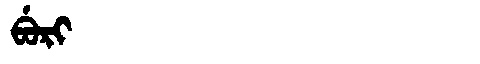
Manchu: ᠪᡠᡵᡳ
Romanization: BURI